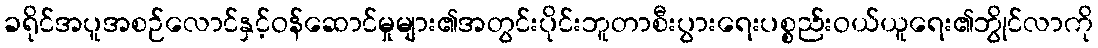
ခရိုင်အပူအစဉ်လောင်နှင့်ဝန်ဆောင်မှုများ၏အတွင်းပိုင်းဘူတာစီးပွားရေးပစ္စည်းဝယ်ယူရေး၏ဘွိုင်လာကို